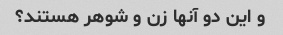
و این دو آنها زن و شوهر هستند؟